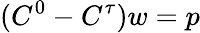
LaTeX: (C^{0}-C^{\tau})w=p